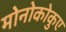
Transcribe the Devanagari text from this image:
मोनोकोकुए